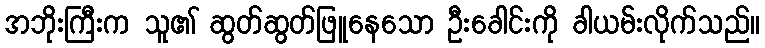
အဘိုးကြီးက သူ၏ ဆွတ်ဆွတ်ဖြူနေသော ဦးခေါင်းကို ခါယမ်းလိုက်သည်။